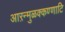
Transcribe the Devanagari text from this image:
आऱन्मुळक्कण्णाटि